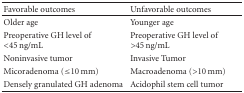
<table><thead><tr><td><b>Favorable outcomes</b></td><td><b>Unfavorable outcomes</b></td></tr></thead><tbody><tr><td>Older age</td><td>Younger age</td></tr><tr><td>Preoperative GH level of &lt;45 ng/mL</td><td>Preoperative GH level of &gt;45 ng/mL</td></tr><tr><td>Noninvasive tumor</td><td>Invasive Tumor</td></tr><tr><td>Micoradenoma (≤10 mm)</td><td>Macroadenoma (&gt;10 mm)</td></tr><tr><td>Densely granulated GH adenoma</td><td>Acidophil stem cell tumor</td></tr></tbody></table>